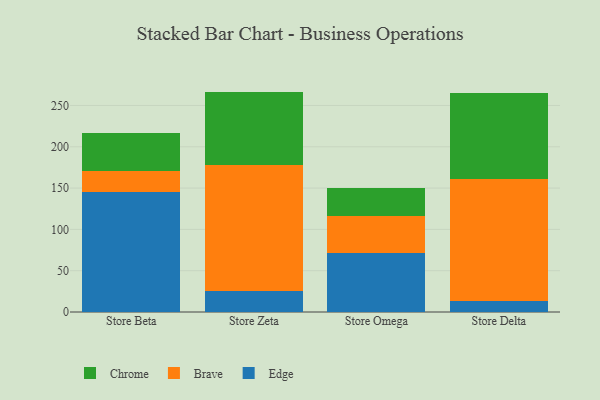
{"axis": {"x": "Store", "y": "Humidity (%)"}, "legend": ["Brave", "Chrome", "Edge"], "data": [{"x": "Store Beta", "y": 145.3, "type": "Edge"}, {"x": "Store Beta", "y": 25.3, "type": "Brave"}, {"x": "Store Beta", "y": 46.0, "type": "Chrome"}, {"x": "Store Zeta", "y": 25.0, "type": "Edge"}, {"x": "Store Zeta", "y": 153.4, "type": "Brave"}, {"x": "Store Zeta", "y": 88.4, "type": "Chrome"}, {"x": "Store Omega", "y": 71.8, "type": "Edge"}, {"x": "Store Omega", "y": 45.0, "type": "Brave"}, {"x": "Store Omega", "y": 33.8, "type": "Chrome"}, {"x": "Store Delta", "y": 13.6, "type": "Edge"}, {"x": "Store Delta", "y": 147.9, "type": "Brave"}, {"x": "Store Delta", "y": 103.4, "type": "Chrome"}]}